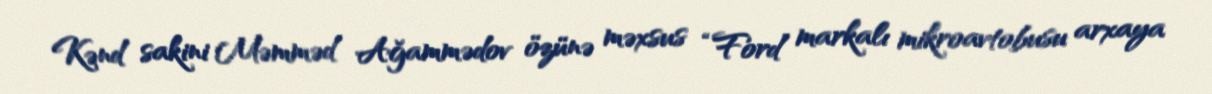
Kənd sakini Məmməd Ağammədov özünə məxsus “Ford” markalı mikroavtobusu arxaya